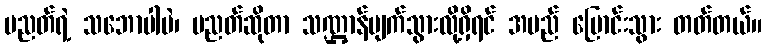
ပညတ်ရဲ့ သဘောပါပဲ၊ ပညတ်ဆိုတာ သဏ္ဌာန်ပျက်သွားလို့ရှိရင် အမည် ပြောင်းသွား တတ်တယ်။